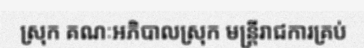
ស្រុក គណៈអភិបាលស្រុក មន្ត្រីរាជការគ្រប់